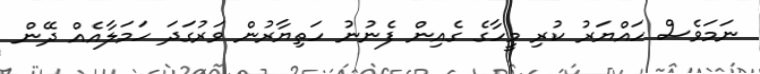
ނަމަވެސް ހައްޔަރު ކުރި މީހާގެ ގެއިން ފެނުނު ހަތިޔާރުން ވަރުގަދަ ހަމަލާއެއް ދޭން